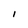
Character: I